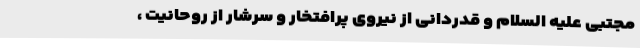
مجتبی علیه السلام و قدردانی از نیروی پرافتخار و سرشار از روحانیت ،